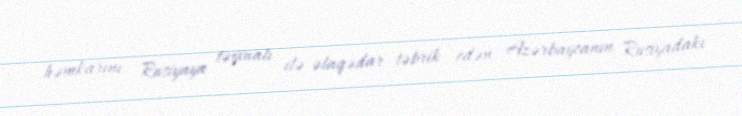
həmkarını Rusiyaya təyinatı ilə əlaqədar təbrik edən Azərbaycanın Rusiyadakı